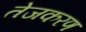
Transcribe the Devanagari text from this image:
तेजकरण